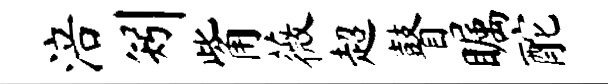
涪矧觜薇超瞽瞩酡